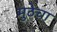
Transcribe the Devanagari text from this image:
मुठेचा